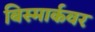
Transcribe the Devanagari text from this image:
बिस्मार्कवर